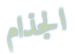
الجذام